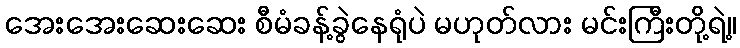
အေးအေးဆေးဆေး စီမံခန့်ခွဲနေရုံပဲ မဟုတ်လား မင်းကြီးတို့ရဲ့။